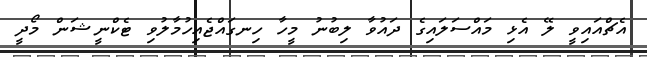
އެޗްއައިވީ ލޭ އެޅި މައްސަލައިގެ ދައުވާ ލިބުނު މީހާ ހިނގައްޖެއިހުމާލުވި ޓެކްނީޝަން މޯދީ